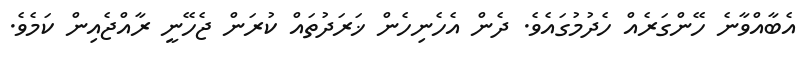
އެބާއްވާނެ ހޭންގަރެއް ހެދުމުގައެވެ. ދެން އެހެނިހެން ޚަރަދުތައް ކުރަން ޖެހޭނީ ރާއްޖެއިން ކަމެވެ.